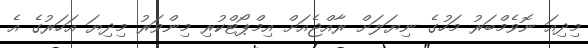
މިދިއަ ނޮވެމްބަރު މަހުގެ ނިޔަލަށް ރާއްޖެއަށް އިމްޕޯޓްކުރި މިންވަރު މިދިޔަ އަހަރުގެ އެ